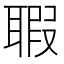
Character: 𦖲